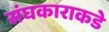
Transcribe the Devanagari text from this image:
संघकाराकडे